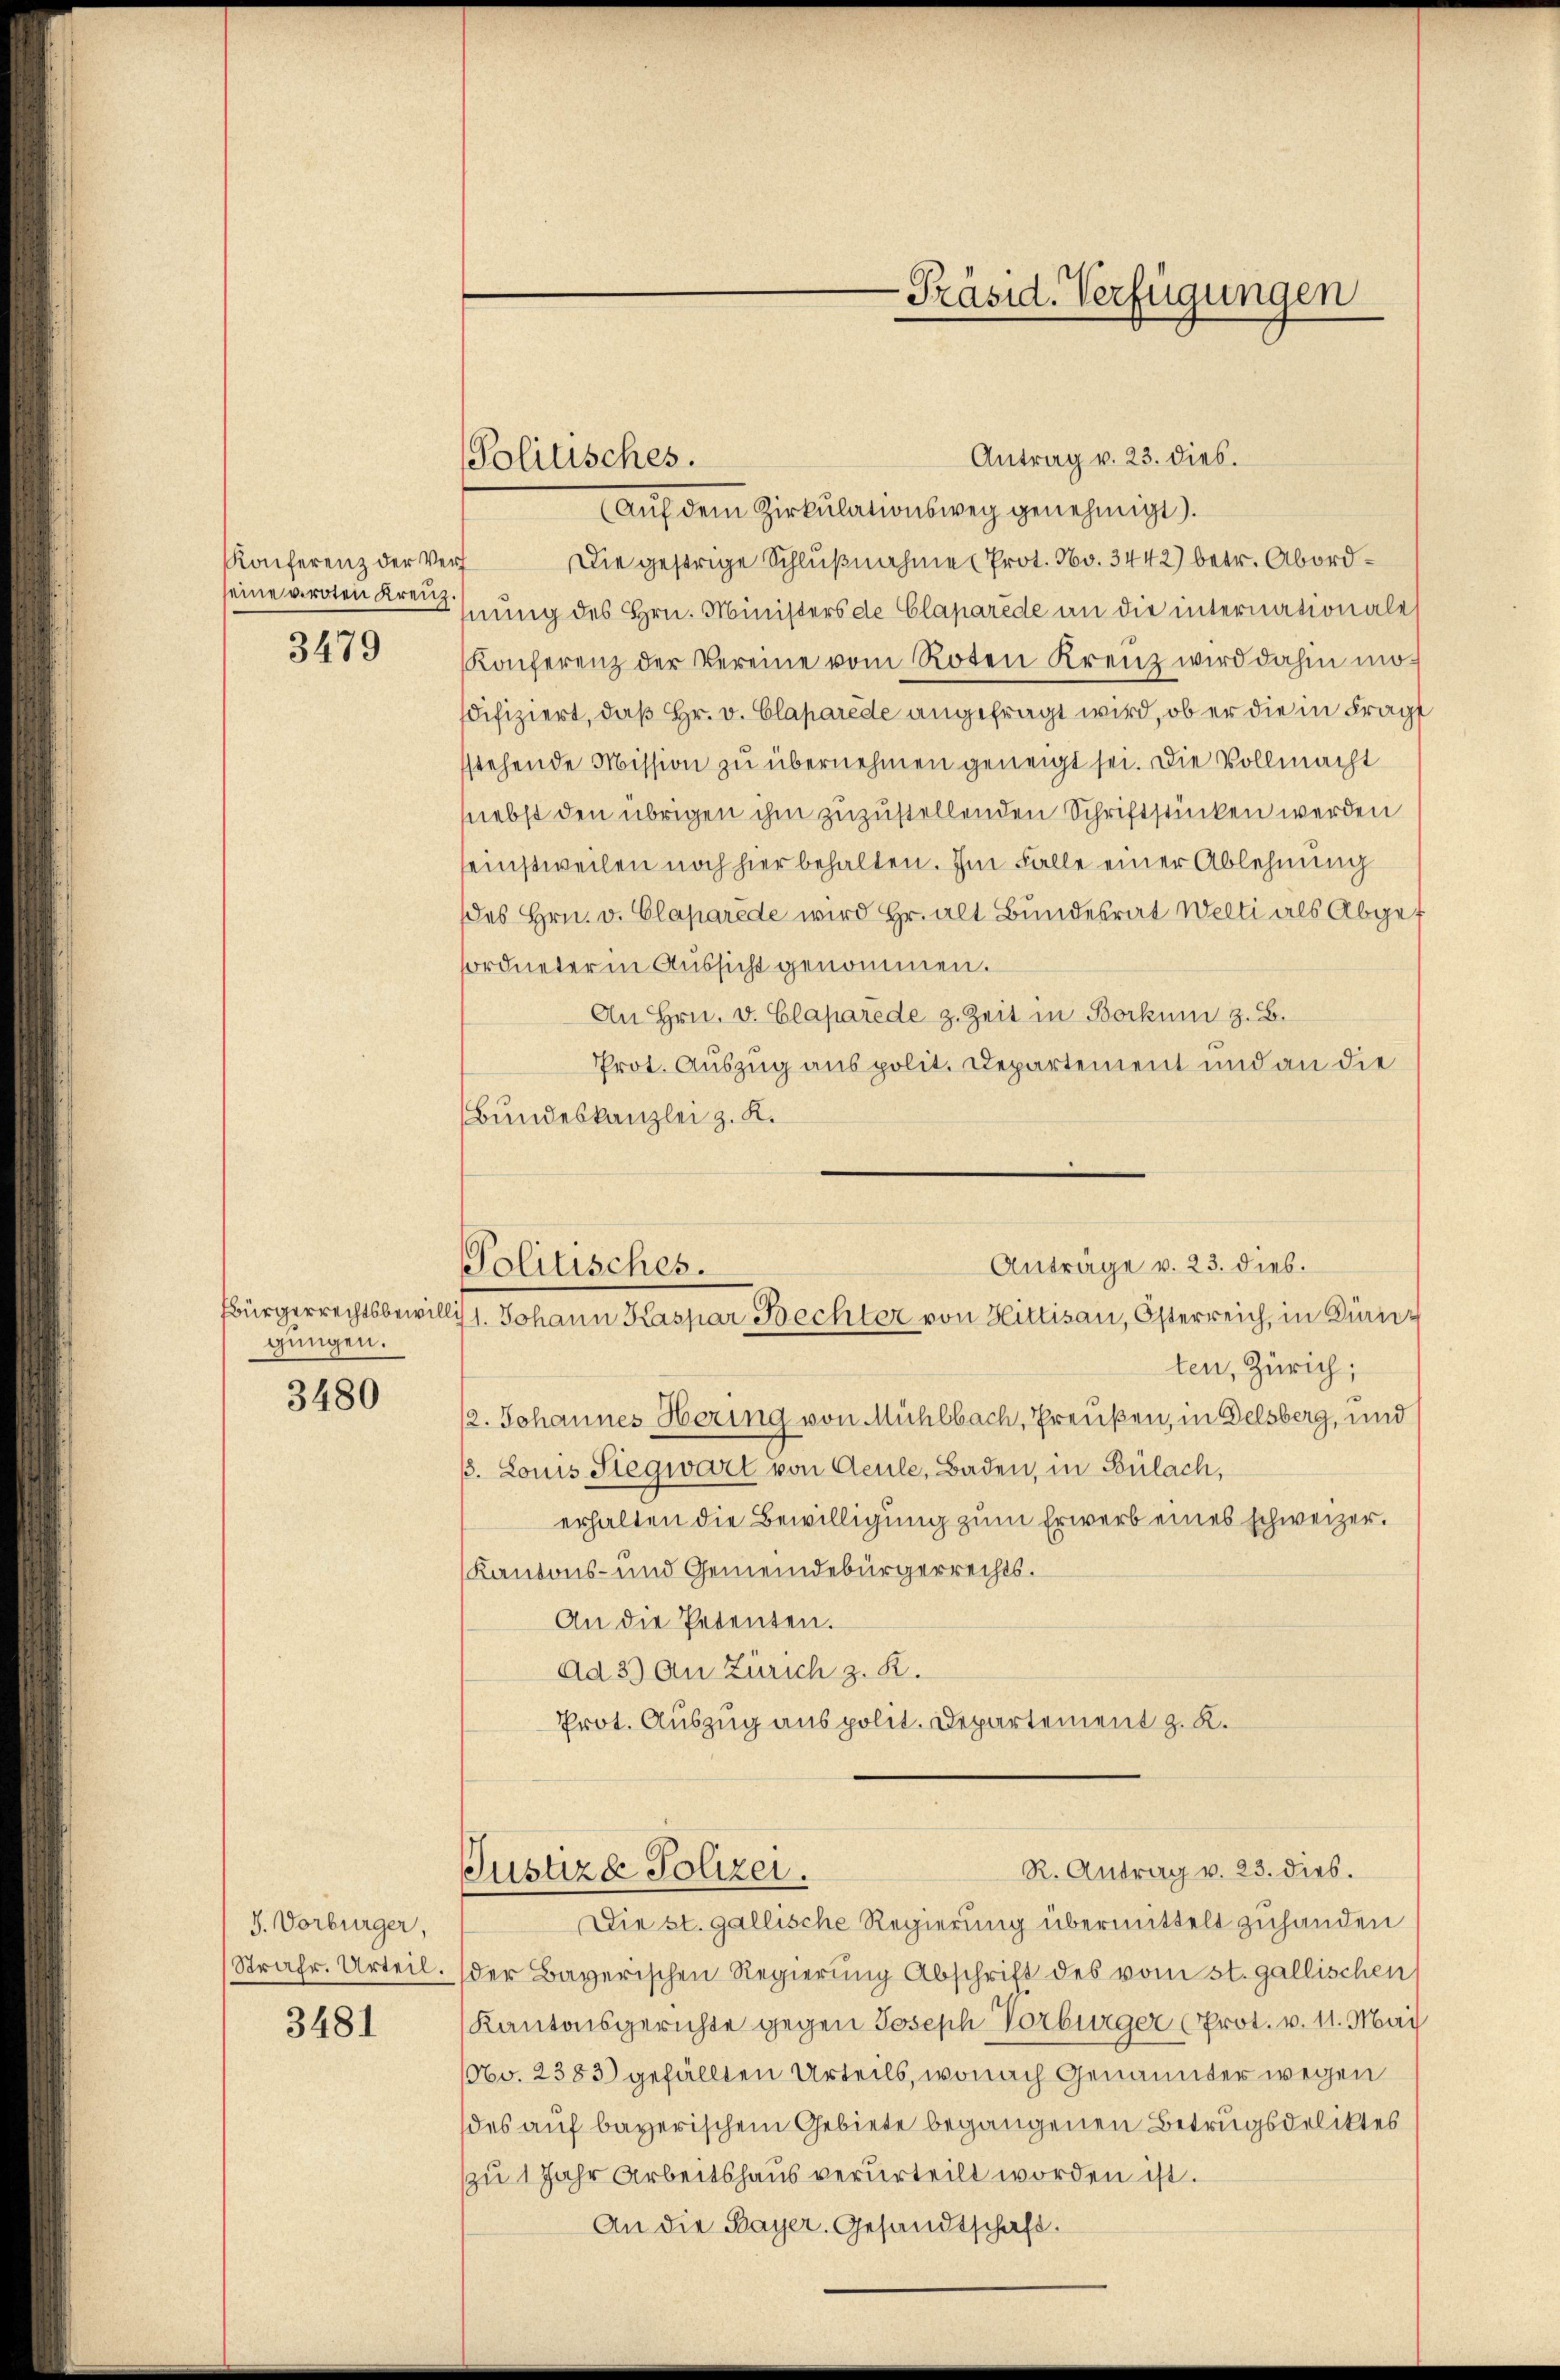
Konferenz der Verf
eine viroten Kreuz

3479

gungen.

3480

J. Vorbürger,
Strafr. Urteil.

3481

Politisches.

-Präsid. Verfügungen

Aŭf dem Zirkŭlationsweg genehmigt).
Die gestrige Schlußnahme (Prot. No. 3442) betr. Abordnung des Hrn. Ministers de Claparede an die internationale
Konferenz der Vereine vom Roten Kreuz wird dahin modifiziert, daß Hr. v. Claparede angefragt wird, ob er die in Frag
stehende Mission zu übernehmen geneigt sei. Die Vollmacht
nebst den übrigen ihm zuzustellenden Schriftstücken werden
seinstweilen noch hier behalten. Im Falle einer Ablehnung
des Hrn. v. Claparede wird Hr. alt Bundesrat Welti als Abgef
sordneter in Aussicht genommen.
An Hrn. v. Claparede z. Zeit in Borkum z. B.
Prot. Auszug aus polit. Departement und an die
Bundeskanzlei z. K.
Anträge v. 23. dies.
Politisches.
bürgerrechtsbewillis 1. Johann Kaspar Bechter von Hittisau, Österreich, in Dürnten, Zürich;
2. Johannes Hering von Mühlbach, Preußen, in Delsberg, und
3. Louis-Siegwart von Aeule, Baden, in Bülach,
erhalten die Bewilligung zum Erwerb eines schweizer.
Kantons- und Gemeindebürgerrechts¬
An die Petenten.
Ad 3) An Zürich z. R.
Prot. Auszug aus polit. Departement z. K.

Antrag v. 23. dies.

R. Antrag v. 23. dies.
Justiza Polizei.
Die st. gallische Regierung übermittelt zuhanden

der Bayerischen Regierung Abschrift des vom st. gallischen
Kantonsgerichte gegen Joseph Vorbürger (Prot. v. 11. Mai
60. 2383) gefällten Urteils, wonach Genannter wegen
des auf bayerischem Gebiete begangenen Betrugsdeliktes
zu 1 Jahr Arbeitshaus verurteilt worden ist.
An die Bayer. Gesandtschaft.